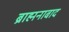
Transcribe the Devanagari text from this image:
ब्राह्मनाबाद